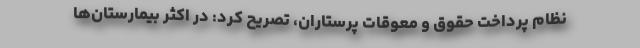
نظام پرداخت حقوق و معوقات پرستاران، تصریح کرد: در اکثر بیمارستان‌ها